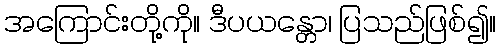
အကြောင်းတို့ကို။ ဒီပယန္တော၊ ပြသည်ဖြစ်၍။